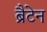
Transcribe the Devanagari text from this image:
ब्रैटेन